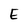
Character: E